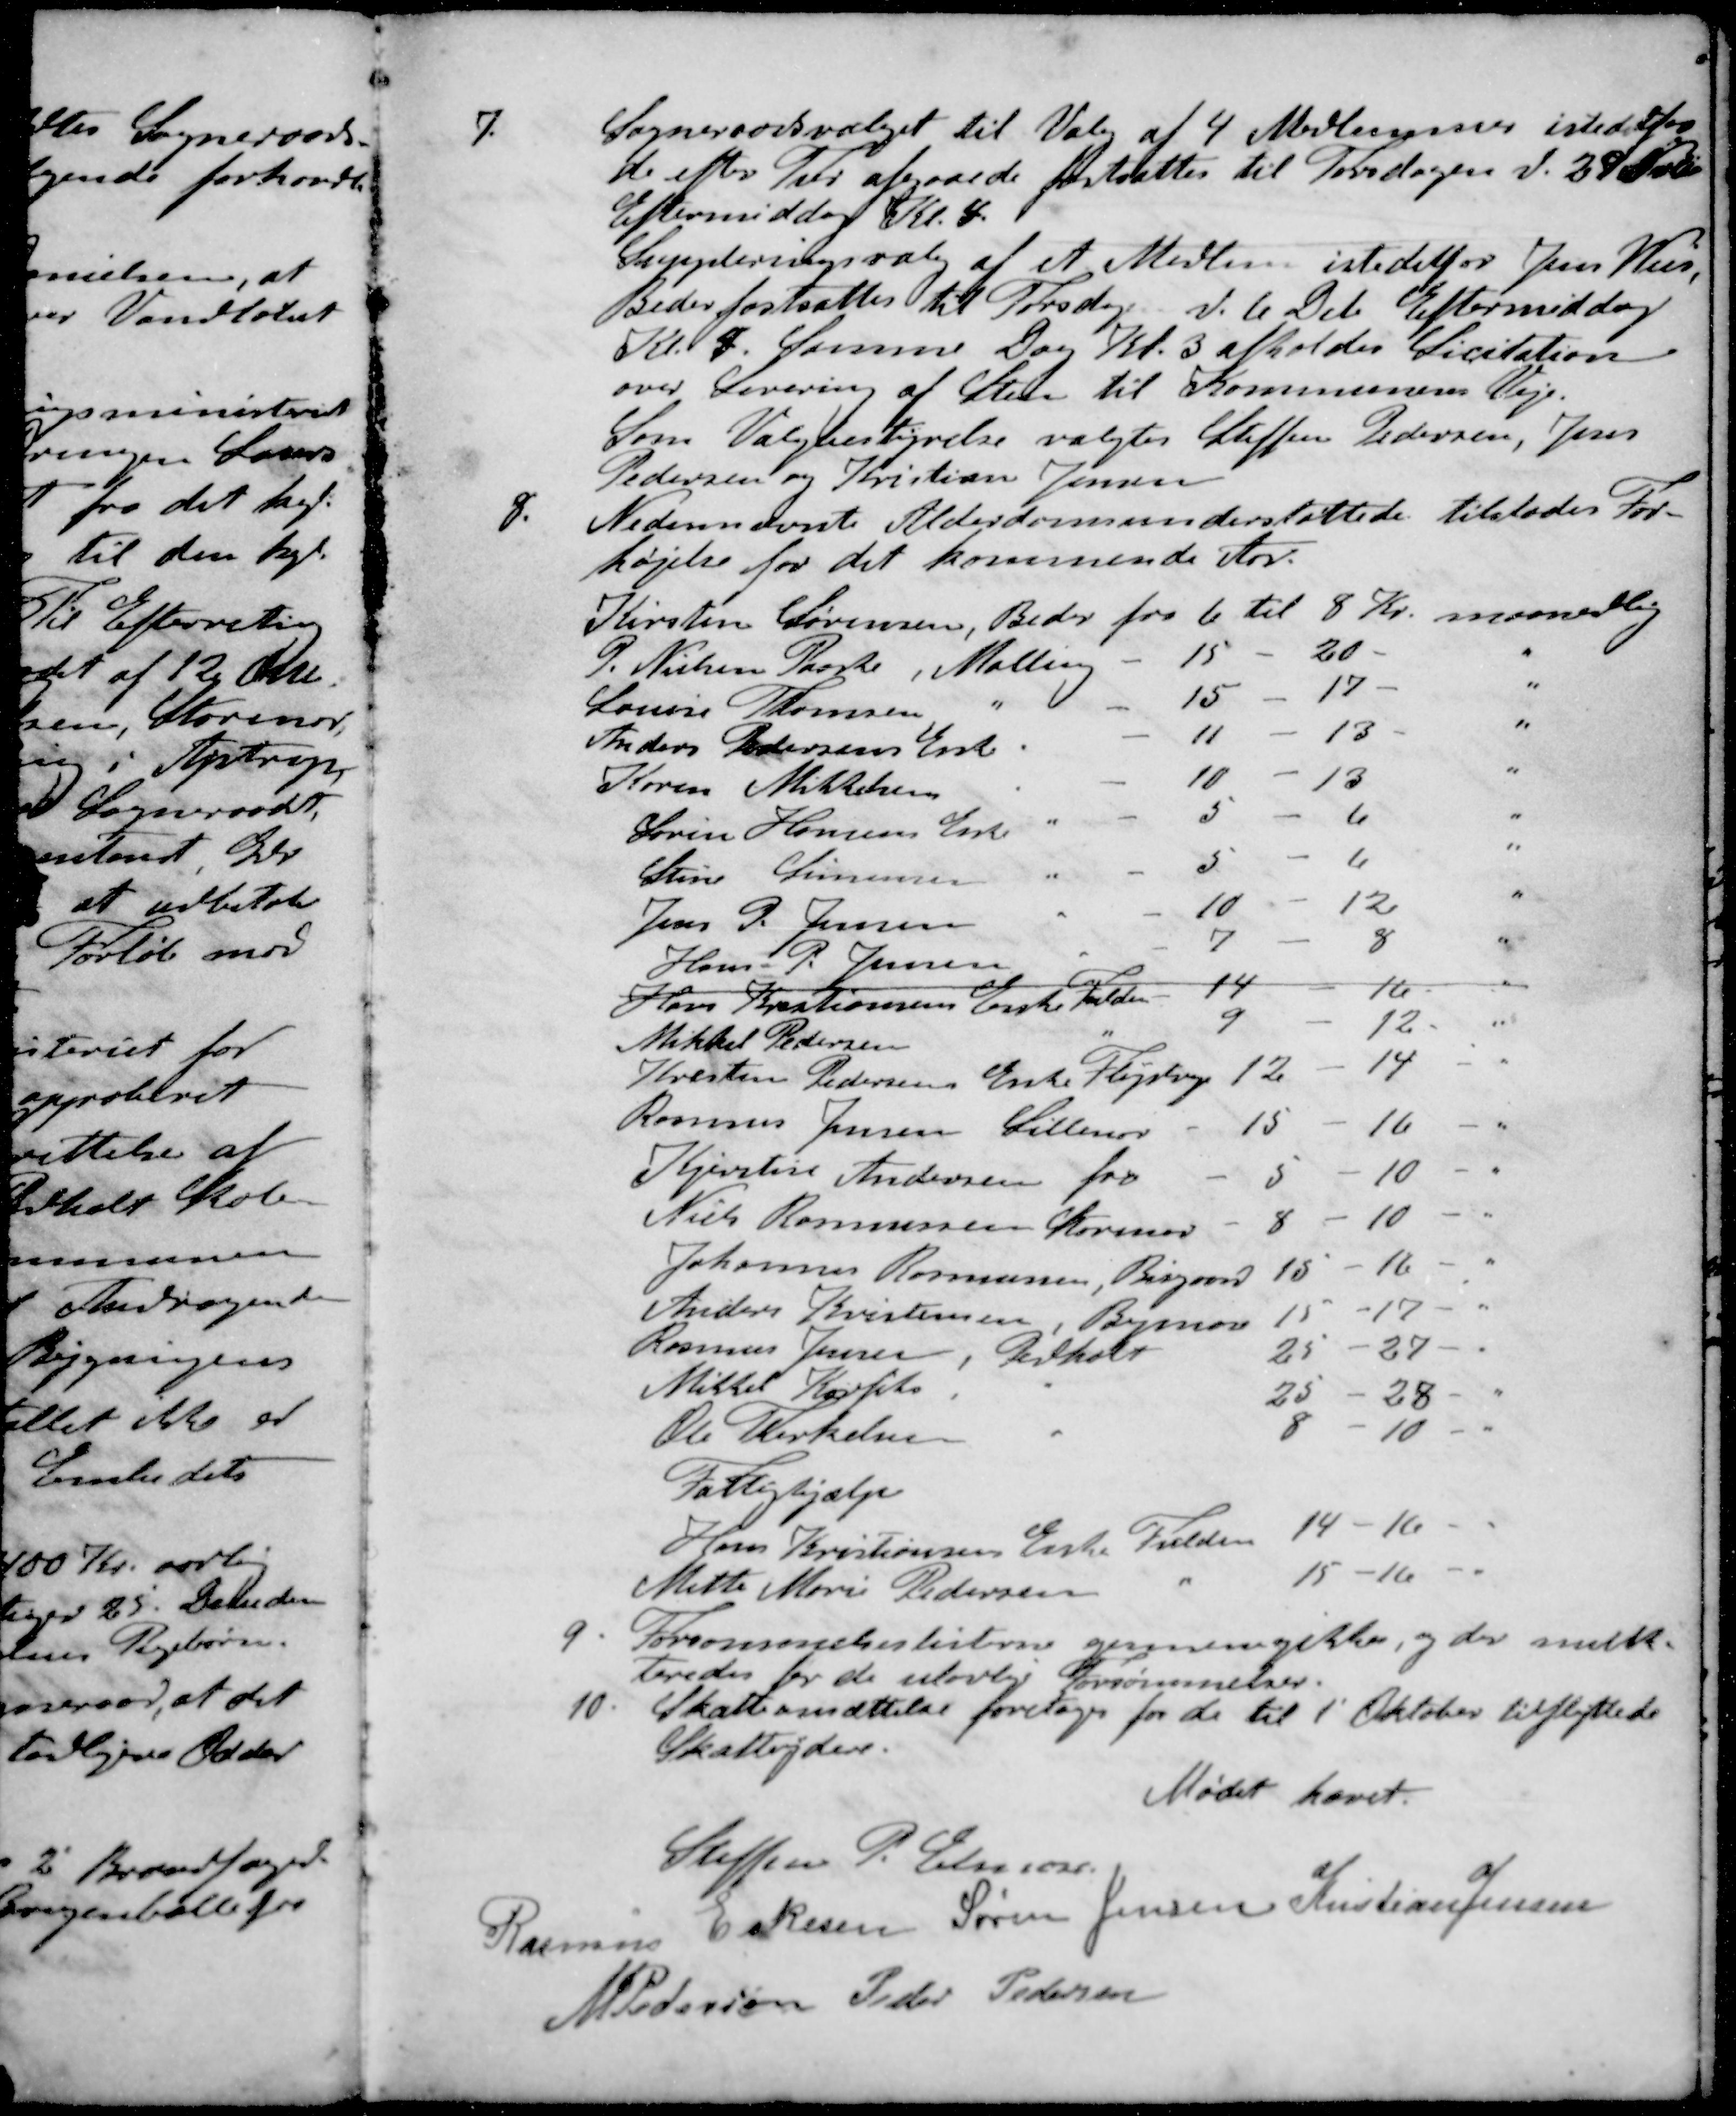
Transskription:
7. Sogneraadsvalget til Valg af 4 Medlemmer istedetfor
de efter Tur afgaaede fastsattes til Torsdagen d. 29 Nobr
Eftermiddag Kl. 4
Suppleringsvalg af et Medlem istedetfor Jens Weis,
Beder fastsattes til Torsdag d. 6. Dcb Eftermiddag
Kl. 4. Samme Dag Kl. 3 afholdes Licitation
over Levering af Sten til Kommunens Veje.
Som Valgbestyrelse valgtes Steffen Pedersen, Jens
Pedersen og Kristian Jensen
8. Nedennævnte Alderdomsunderstøttede tilstodes For-
højelse for det kommende Aar.
Kirsten Sørensen, Beder fra 6 til 8 Kr. maanedlig
P. Nielsen Paaske Malling - 15 - 20 - "
Louise Thomsen " - 15 - 17 - "
Anders Pedersens Enke " - 11 - 15 - "
Karen Mikkelsen " - 10 - 13 "
Søren Hansens Enke " - 5 - 6 "
Stine Simensen " - 5 - 6 "
Jens P. Jensen " - 10 - 12 "
Hans P. Jensen " - 7 - 8 "
Hans Kristiansens Enke Fulden 14 12
Mikkel Pedersen " 9 - 12 "
Kresten Pedersens Enke Fløjstrup 12 - 14 "
Rasmus Jensen Lillenor - 15 - 16 - "
Kjerstin Andersen fra 5 - 10 - "
Niels Rasmussen Storenor - 8 - 10 - "
Johannes Rasmussen, Bisgaard 15 - 16 - "
Anders Kristensen, Bymose 15 - 17 - "
Rasmus Jensen, Pedholt 25 - 27 - "
Mikkel Korfits " 25 - 28 - "
Ole Therkelsen " 8 - 10 - "
Fattighjælp
Hans Kristiansen Enke Fulden 14 - 16 - "
Mette Marie Pedersen " 15 - 16 - "
9. Forsømmelseslisterne gennemgikkes, og der mulkt-
teredes for de ulovlige Forsømmelser.
10. Skatteansættelse foretoges for de til 1 Oktober tilflyttede
Skatteydere.
Mødet hævet.
Steffen P. Elmose
Rasmus Eskesen
Søren Jensen
Kristian Jensen
M Pedersen
Peder Pedersen